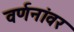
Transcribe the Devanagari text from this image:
वर्णनांवर